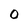
Character: 0